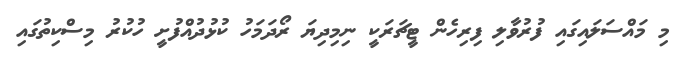
މި މައްސަލައިގައި ފުރުވާލި ފިރިހެން ޓީޗަރަކީ ނިމިދިޔަ ރޯދަމަހު ކުޅުދުއްފުށީ ހުކުރު މިސްކިތުގައި